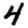
Digit: 4